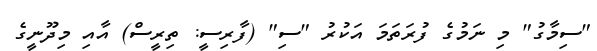
"ސިމާގު" މި ނަމުގެ ފުރަތަމަ އަކުރު "ސި" (ފާރިސީ: ތިރީސް) އާއި މިދޫނީގެ